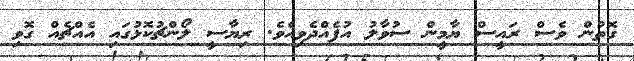
ގޮތުން ވެސް ރައީސް ޔާމީން ސުވާލު އުފެއްދެވިއެވެ. ރިޔާސީ ލޯންޗުކޮޅުގައި އެއްޗެއް ގޮވި